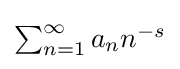
{\textstyle \sum _{n=1}^{\infty }a_{n}n^{-s}}